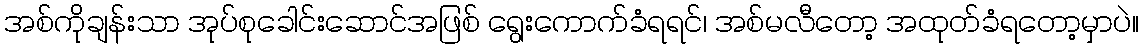
အစ်ကိုချန်းသာ အုပ်စုခေါင်းဆောင်အဖြစ် ရွေးကောက်ခံရရင်၊ အစ်မလီတော့ အထုတ်ခံရတော့မှာပဲ။